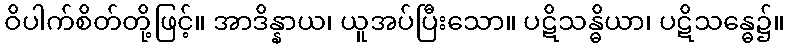
ဝိပါက်စိတ်တို့ဖြင့်။ အာဒိန္နာယ၊ ယူအပ်ပြီးသော။ ပဋိသန္ဓိယာ၊ ပဋိသန္ဓေ၌။